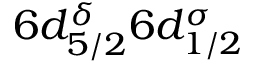
6 d _ { 5 / 2 } ^ { \delta } 6 d _ { 1 / 2 } ^ { \sigma }